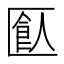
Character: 𠥗